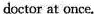
doctor at once.